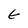
Character: E